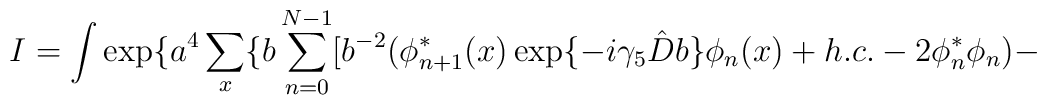
I= \int \exp \{a^4 \sum_x \{b \sum_{n=0}^{N-1}  [b^{-2}( \phi^*_{n+1}(x) \exp \{-i \gamma_5 \hat{D}b \} \phi_n(x)+ h.c.-2 \phi^*_n \phi_n)  -